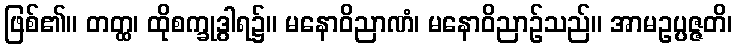
ဖြစ်၏။ တတ္ထ၊ ထိုစက္ခုဒွါရ၌။ မနောဝိညာဏံ၊ မနောဝိညာဉ်သည်။ အာမဥပ္ပဇ္ဇတိ၊